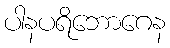
ပါနပရိဘောဂေန